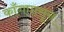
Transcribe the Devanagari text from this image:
काँगपासून